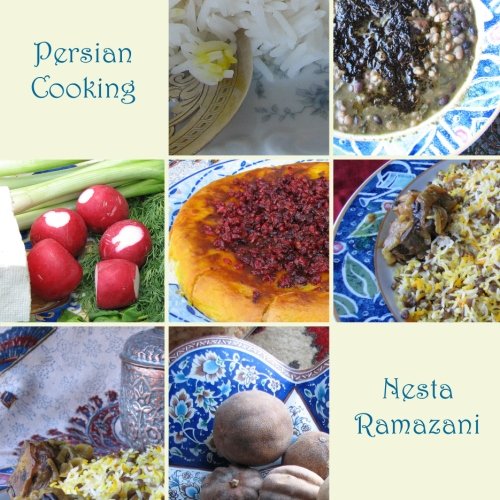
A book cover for Persian Cooking: A Table of Exotic Delights, Revised and Updated; Nesta Ramazani; Cookbooks, Food & Wine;